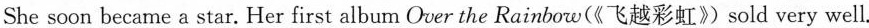
She soon became a star. Her first album Over the Rainboe(《飞越彩虹》 sold very well.